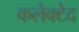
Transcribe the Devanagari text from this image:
कलेक्टेद